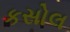
કસોલ